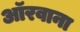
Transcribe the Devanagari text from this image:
ऑरवाना